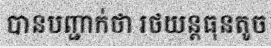
បានបញ្ជាក់ថា រថយន្តធុនតូច